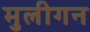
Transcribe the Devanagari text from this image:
मुलीगन